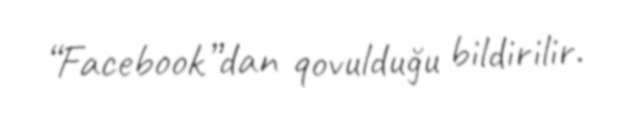
“Facebook”dan qovulduğu bildirilir.